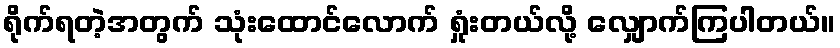
ရိုက်ရတဲ့အတွက် သုံးထောင်လောက် ရှုံးတယ်လို့ လျှောက်ကြပါတယ်။